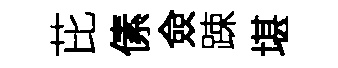
芘傃僉踈堪